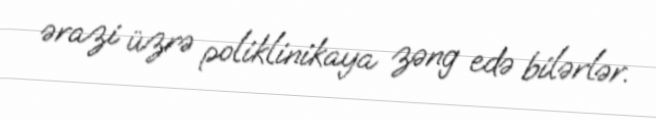
ərazi üzrə poliklinikaya zəng edə bilərlər.